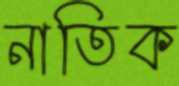
নাতিক